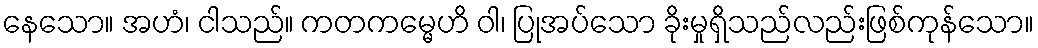
နေသော။ အဟံ၊ ငါသည်။ ကတကမ္မေဟိ ဝါ၊ ပြုအပ်သော ခိုးမှုရှိသည်လည်းဖြစ်ကုန်သော။